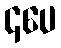
၄ပေ